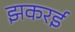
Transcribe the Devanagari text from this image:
झकरई